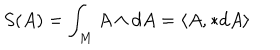
S ( A ) = \int _ { M } A \wedge d A = \langle A , * d A \rangle